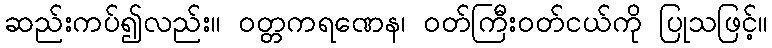
ဆည်းကပ်၍လည်း။ ဝတ္တကရဏေန၊ ဝတ်ကြီးဝတ်ငယ်ကို ပြုသဖြင့်။